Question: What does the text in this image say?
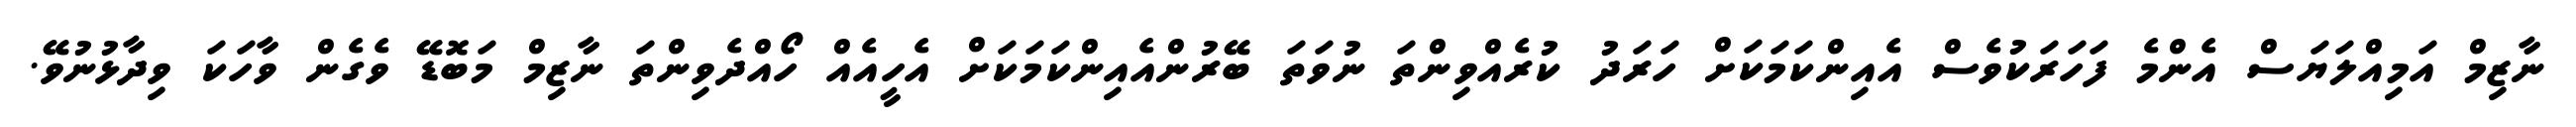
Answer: ނާޒިމް އަމިއްލަޔަސް އެންމެ ފަހަރަކުވެސް އެއިންކަމަކަށް ހަރަދު ކުރެއްވިންތަ ނުވަތަ ބޭރުންއެއިންކަމަކަށް އެހީއެއް ހޯއްދެވިންތަ ނާޒިމް މަބޮޑޭ ވެގެން ވާހަކަ ވިދާޅުނުވޭ.